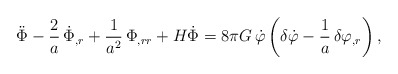
\begin{align*} \ddot{\Phi} - \frac{2}{a}\, \dot{\Phi}_{,r} + \frac{1}{a^2}\, \Phi_{,rr} + H\dot{\Phi} = 8\pi G\, \dot{\varphi} \left( \delta\dot{\varphi} - \frac{1}{a}\, \delta\varphi_{,r} \right),\end{align*}